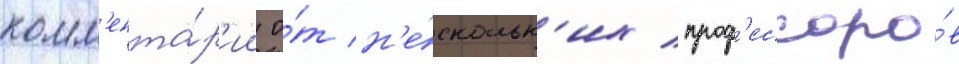
комм'ента́р'ии о́т н'е́скольк'их проф'ессоро́в